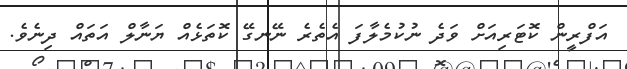
އަފްރީން ކޮޓަރިއަށް ވަދެ ނުކުމެލާފަ އެތެރެ ނޭނގޭ ކޮތަޅެއް ޔަނާލް އަތައް ދިނެވެ.